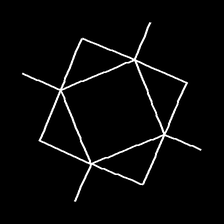
Glyph: light